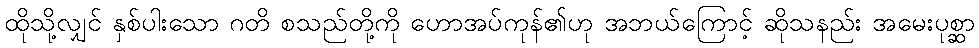
ထိုသို့လျှင် နှစ်ပါးသော ဂတိ စသည်တို့ကို ဟောအပ်ကုန်၏ဟု အဘယ်ကြောင့် ဆိုသနည်း အမေးပုစ္ဆာ